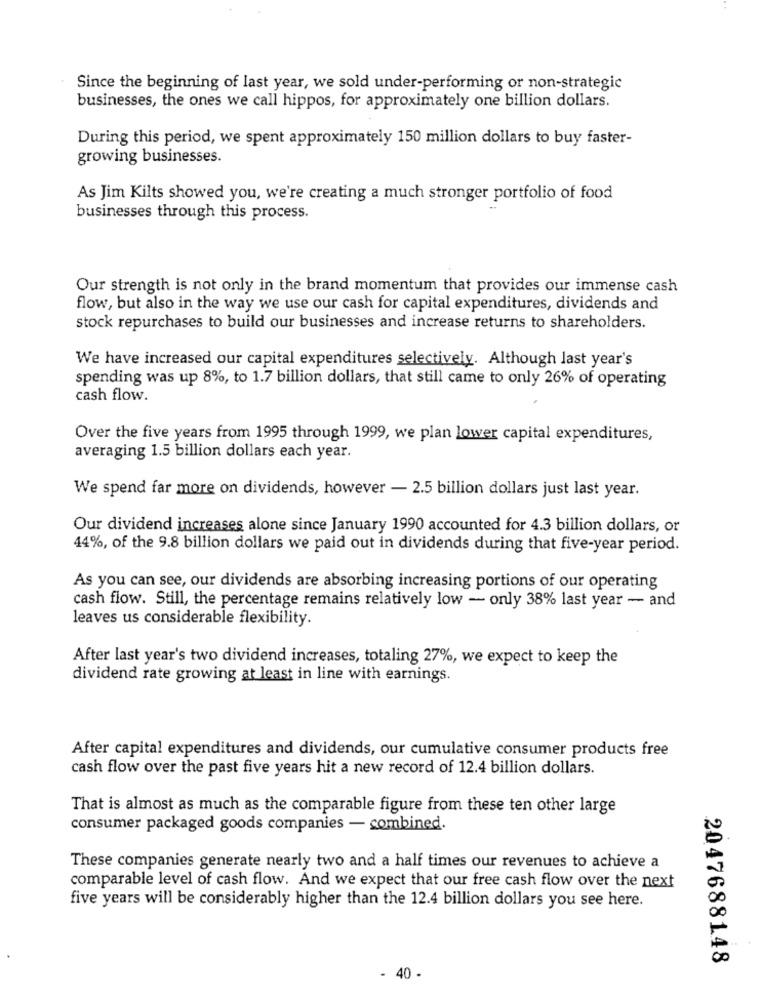
Since the beginning of last year, we sold under-performing or non-strategic
businesses, the ones we call hippos, for approximately one billion dollars.
During this period, we spent approximately 150 million dollars to buy faster-
growing businesses.
As Jim Kilts showed you, we're creating a much stronger portfolio of food
businesses through this process.
Our strength is not only in the brand momentum that provides our immense cash
flow, but also in the way we use our cash for capital expenditures, dividends and
stock repurchases to build our businesses and increase returns to shareholders.
We have increased our capital expenditures selectively. Although last year's
spending was up 8%, to 1.7 billion dollars, that still came to only 26% of operating
cash flow.
Over the five years from 1995 through 1999, we plan lower capital expenditures,
averaging 1.5 billion dollars each year.
We spend far more on dividends, however - 2.5 billion dollars just last year.
Our dividend increases alone since January 1990 accounted for 4.3 billion dollars, or
44%, of the 9.8 billion dollars we paid out in dividends during that five-year period.
As you can see, our dividends are absorbing increasing portions of our operating
cash flow. Still, the percentage remains relatively low - only 38% last year - and
leaves us considerable flexibility.
After last year's two dividend increases, totaling 27%, we expect to keep the
dividend rate growing at least in line with earnings.
After capital expenditures and dividends, our cumulative consumer products free
cash flow over the past five years hit a new record of 12.4 billion dollars.
That is almost as much as the comparable figure from these ten other large
consumer packaged goods companies - combined.
These companies generate nearly two and a half times our revenues to achieve a
comparable level of cash flow. And we expect that our free cash flow over the next
five years will be considerably higher than the 12.4 billion dollars you see here.
2047688148
- 40 -